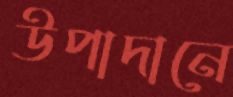
উপাদানে